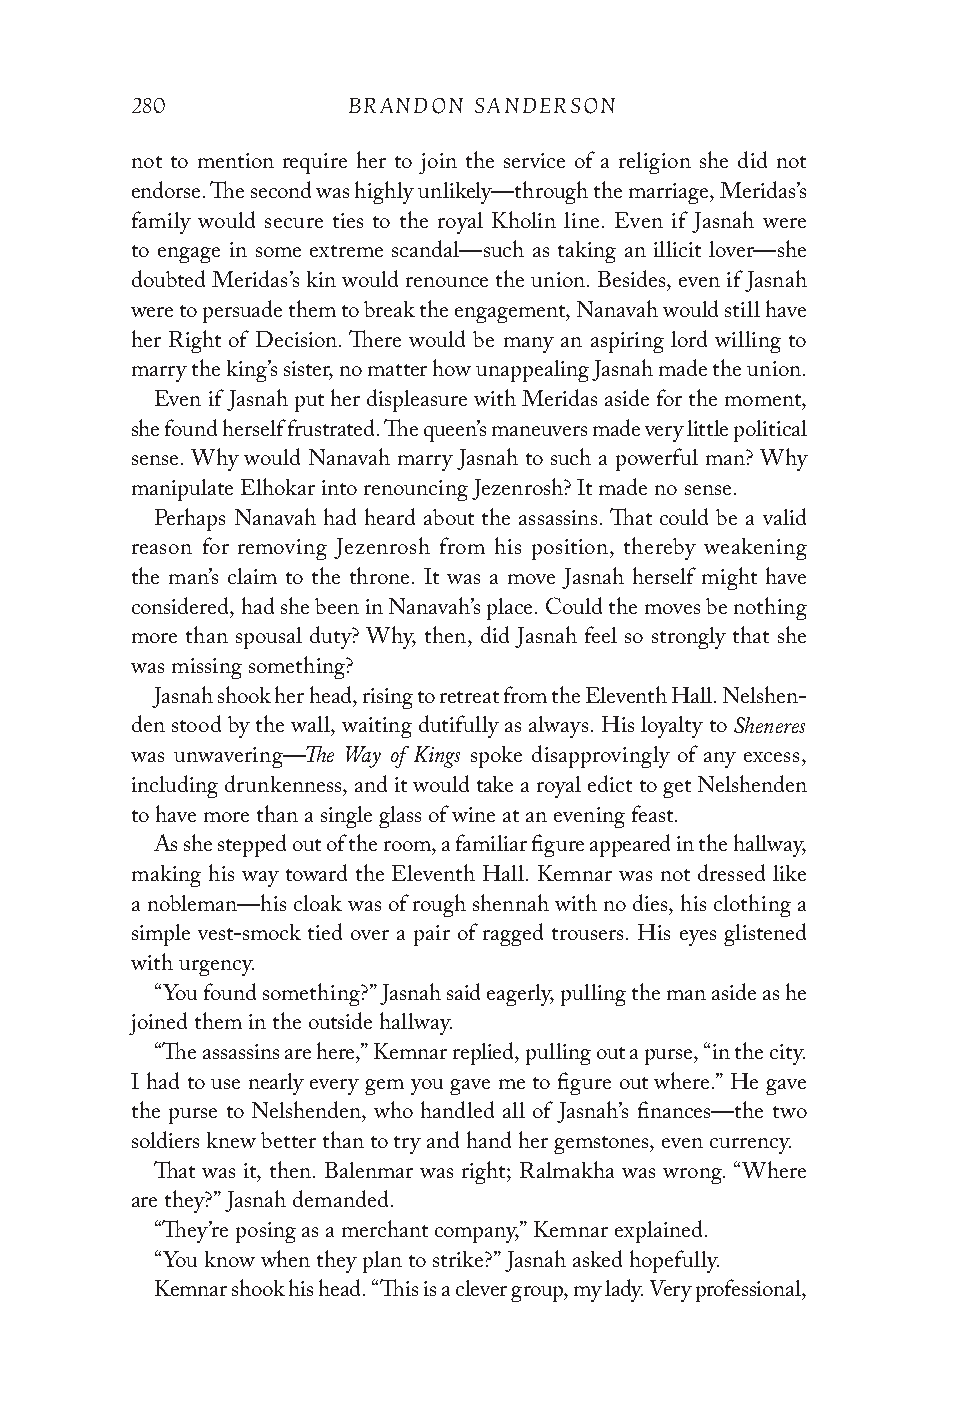
280           BRANDON SANDERSON
 not to mention require her to join the service of a religion she did not
 endorse. The second was highly unlikely—through the marriage, Meridas’s
 family would secure ties to the royal Kholin line. Even if Jasnah were
 to engage in some extreme scandal—such as taking an illicit lover—she
 doubted Meridas’s kin would renounce the union. Besides, even if Jasnah
 were to persuade them to break the engagement, Nanavah would still have
 her Right of Decision. There would be many an aspiring lord willing to
 marry the king’s sister, no matter how unappealing Jasnah made the union.
 Even if Jasnah put her displeasure with Meridas aside for the moment,
 she found herself frustrated. The queen’s maneuvers made very little political
 sense. Why would Nanavah marry Jasnah to such a powerful man? Why
 manipulate Elhokar into renouncing Jezenrosh? It made no sense.
 Perhaps Nanavah had heard about the assassins. That could be a valid
 reason for removing Jezenrosh from his position, thereby weakening
 the man’s claim to the throne. It was a move Jasnah herself might have
 considered, had she been in Nanavah’s place. Could the moves be nothing
 more than spousal duty? Why, then, did Jasnah feel so strongly that she
 was missing something?
 Jasnah shook her head, rising to retreat from the Eleventh Hall. Nelshen-
 Sheneres
 den stood by the wall, waiting dutifully as always. His loyalty to
 The Way of Kings
 was unwavering—       spoke disapprovingly of any excess,
 including drunkenness, and it would take a royal edict to get Nelshenden
 to have more than a single glass of wine at an evening feast.
 As she stepped out of the room, a familiar figure appeared in the hallway,
 making his way toward the Eleventh Hall. Kemnar was not dressed like
 a nobleman—his cloak was of rough shennah with no dies, his clothing a
 simple vest-smock tied over a pair of ragged trousers. His eyes glistened
 with urgency.
 “You found something?” Jasnah said eagerly, pulling the man aside as he
 joined them in the outside hallway.
 “The assassins are here,” Kemnar replied, pulling out a purse, “in the city.
 I had to use nearly every gem you gave me to figure out where.” He gave
 the purse to Nelshenden, who handled all of Jasnah’s finances—the two
 soldiers knew better than to try and hand her gemstones, even currency.
 That was it, then. Balenmar was right; Ralmakha was wrong. “Where
 are they?” Jasnah demanded.
 “They’re posing as a merchant company,” Kemnar explained.
 “You know when they plan to strike?” Jasnah asked hopefully.
 Kemnar shook his head. “This is a clever group, my lady. Very professional,